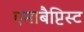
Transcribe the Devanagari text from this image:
एनाबैप्टिस्ट